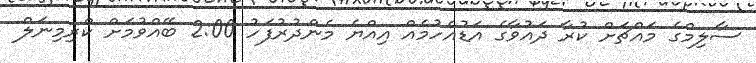
ސާލިމްގެ މައްޗަށް ކުރާ ދައުވާގެ އަޑުއެހުމެއް އިއްޔެ މެންދުރުފަހު 2:00 ބޭއްވުމަށް ކްރިމިނަލް